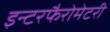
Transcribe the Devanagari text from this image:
इन्टरफैरोमेटरी